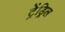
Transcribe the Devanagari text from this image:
ट्रेंड्रिल